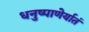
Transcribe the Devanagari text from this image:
धनुष्पाणेर्यातं